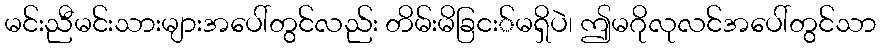
မင်းညီမင်းသားများအပေါ်တွင်လည်း တိမ်းမိခြငး်မရှိပဲ၊ ဤမဂိုလုလင်အပေါ်တွင်သာ